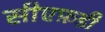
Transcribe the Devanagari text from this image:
सीएफ़डी